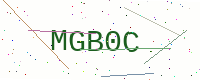
Text: MGB0C